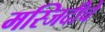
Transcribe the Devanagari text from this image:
मस्जिदीचे